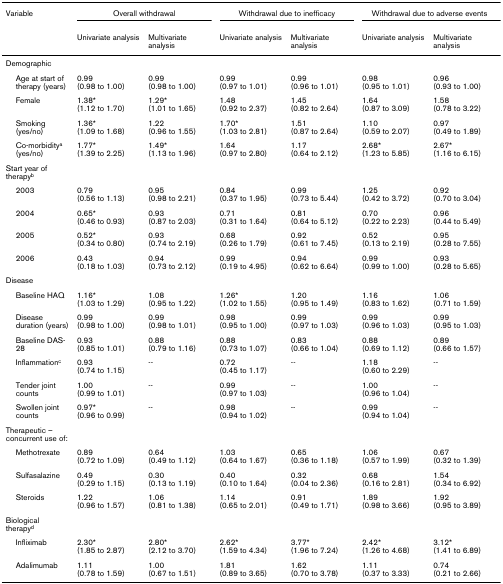
<table><thead><tr><td><b>Variable</b></td><td colspan="2"><b>Overall withdrawal</b></td><td colspan="2"><b>Withdrawal due to inefficacy</b></td><td colspan="2"><b>Withdrawal due to adverse events</b></td></tr><tr><td></td><td><b>Univariate analysis</b></td><td><b>Multivariate analysis</b></td><td><b>Univariate analysis</b></td><td><b>Multivariate analysis</b></td><td><b>Univariate analysis</b></td><td><b>Multivariate analysis</b></td></tr></thead><tbody><tr><td>Demographic</td><td></td><td></td><td></td><td></td><td></td><td></td></tr><tr><td> Age at start of therapy (years)</td><td>0.99 (0.98 to 1.00)</td><td>0.99 (0.98 to 1.00)</td><td>0.99 (0.97 to 1.01)</td><td>0.99 (0.96 to 1.01)</td><td>0.98 (0.95 to 1.01)</td><td>0.96 (0.93 to 1.00)</td></tr><tr><td> Female</td><td>1.38* (1.12 to 1.70)</td><td>1.29* (1.01 to 1.65)</td><td>1.48 (0.92 to 2.37)</td><td>1.45 (0.82 to 2.64)</td><td>1.64 (0.87 to 3.09)</td><td>1.58 (0.78 to 3.22)</td></tr><tr><td> Smoking (yes/no)</td><td>1.36* (1.09 to 1.68)</td><td>1.22 (0.96 to 1.55)</td><td>1.70* (1.03 to 2.81)</td><td>1.51 (0.87 to 2.64)</td><td>1.10 (0.59 to 2.07)</td><td>0.97 (0.49 to 1.89)</td></tr><tr><td> Co-morbidity<sup>a </sup>(yes/no)</td><td>1.77* (1.39 to 2.25)</td><td>1.49* (1.13 to 1.96)</td><td>1.64 (0.97 to 2.80)</td><td>1.17 (0.64 to 2.12)</td><td>2.68* (1.23 to 5.85)</td><td>2.67* (1.16 to 6.15)</td></tr><tr><td>Start year of therapy<sup>b</sup></td><td></td><td></td><td></td><td></td><td></td><td></td></tr><tr><td> 2003</td><td>0.79 (0.56 to 1.13)</td><td>0.95 (0.98 to 2.21)</td><td>0.84 (0.37 to 1.95)</td><td>0.99 (0.73 to 5.44)</td><td>1.25 (0.42 to 3.72)</td><td>0.92 (0.70 to 3.04)</td></tr><tr><td> 2004</td><td>0.65* (0.46 to 0.93)</td><td>0.93 (0.87 to 2.03)</td><td>0.71 (0.31 to 1.64)</td><td>0.81 (0.64 to 5.12)</td><td>0.70 (0.22 to 2.23)</td><td>0.96 (0.44 to 5.49)</td></tr><tr><td> 2005</td><td>0.52* (0.34 to 0.80)</td><td>0.93 (0.74 to 2.19)</td><td>0.68 (0.26 to 1.79)</td><td>0.92 (0.61 to 7.45)</td><td>0.52 (0.13 to 2.19)</td><td>0.95 (0.28 to 7.55)</td></tr><tr><td> 2006</td><td>0.43 (0.18 to 1.03)</td><td>0.94 (0.73 to 2.12)</td><td>0.99 (0.19 to 4.95)</td><td>0.94 (0.62 to 6.64)</td><td>0.99 (0.99 to 1.00)</td><td>0.93 (0.28 to 5.65)</td></tr><tr><td>Disease</td><td></td><td></td><td></td><td></td><td></td><td></td></tr><tr><td> Baseline HAQ</td><td>1.16* (1.03 to 1.29)</td><td>1.08 (0.95 to 1.22)</td><td>1.26* (1.02 to 1.55)</td><td>1.20 (0.95 to 1.49)</td><td>1.16 (0.83 to 1.62)</td><td>1.06 (0.71 to 1.59)</td></tr><tr><td> Disease duration (years)</td><td>0.99 (0.98 to 1.00)</td><td>0.99 (0.98 to 1.01)</td><td>0.98 (0.95 to 1.00)</td><td>0.99 (0.97 to 1.03)</td><td>0.99 (0.96 to 1.03)</td><td>0.99 (0.95 to 1.03)</td></tr><tr><td> Baseline DAS-28</td><td>0.93 (0.85 to 1.01)</td><td>0.88 (0.79 to 1.16)</td><td>0.88 (0.73 to 1.07)</td><td>0.83 (0.66 to 1.04)</td><td>0.88 (0.69 to 1.12)</td><td>0.89 (0.66 to 1.57)</td></tr><tr><td> Inflammation<sup>c</sup></td><td>0.93 (0.74 to 1.15)</td><td>--</td><td>0.72 (0.45 to 1.17)</td><td>--</td><td>1.18 (0.60 to 2.29)</td><td>--</td></tr><tr><td> Tender joint counts</td><td>1.00 (0.99 to 1.01)</td><td>--</td><td>0.99 (0.97 to 1.03)</td><td>--</td><td>1.00 (0.96 to 1.04)</td><td>--</td></tr><tr><td> Swollen joint counts</td><td>0.97* (0.96 to 0.99)</td><td>--</td><td>0.98 (0.94 to 1.02)</td><td>--</td><td>0.99 (0.94 to 1.04)</td><td>--</td></tr><tr><td>Therapeutic – concurrent use of:</td><td></td><td></td><td></td><td></td><td></td><td></td></tr><tr><td> Methotrexate</td><td>0.89 (0.72 to 1.09)</td><td>0.64 (0.49 to 1.12)</td><td>1.03 (0.64 to 1.67)</td><td>0.65 (0.36 to 1.18)</td><td>1.06 (0.57 to 1.99)</td><td>0.67 (0.32 to 1.39)</td></tr><tr><td> Sulfasalazine</td><td>0.49 (0.29 to 1.15)</td><td>0.30 (0.13 to 1.19)</td><td>0.40 (0.10 to 1.64)</td><td>0.32 (0.04 to 2.36)</td><td>0.68 (0.16 to 2.81)</td><td>1.54 (0.34 to 6.92)</td></tr><tr><td> Steroids</td><td>1.22 (0.96 to 1.57)</td><td>1.06 (0.81 to 1.38)</td><td>1.14 (0.65 to 2.01)</td><td>0.91 (0.49 to 1.71)</td><td>1.89 (0.98 to 3.66)</td><td>1.92 (0.95 to 3.89)</td></tr><tr><td>Biological therapy<sup>d</sup></td><td></td><td></td><td></td><td></td><td></td><td></td></tr><tr><td> Infliximab</td><td>2.30* (1.85 to 2.87)</td><td>2.80* (2.12 to 3.70)</td><td>2.62* (1.59 to 4.34)</td><td>3.77* (1.96 to 7.24)</td><td>2.42* (1.26 to 4.68)</td><td>3.12* (1.41 to 6.89)</td></tr><tr><td> Adalimumab</td><td>1.11 (0.78 to 1.59)</td><td>1.00 (0.67 to 1.51)</td><td>1.81 (0.89 to 3.65)</td><td>1.62 (0.70 to 3.78)</td><td>1.11 (0.37 to 3.33)</td><td>0.74 (0.21 to 2.66)</td></tr></tbody></table>